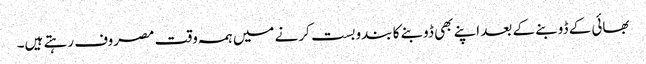
بھائی کے ڈوبنے کے بعد اپنے بھی ڈوبنے کا بندوبست کرنے میں ہمہ وقت مصروف رہتے ہیں۔